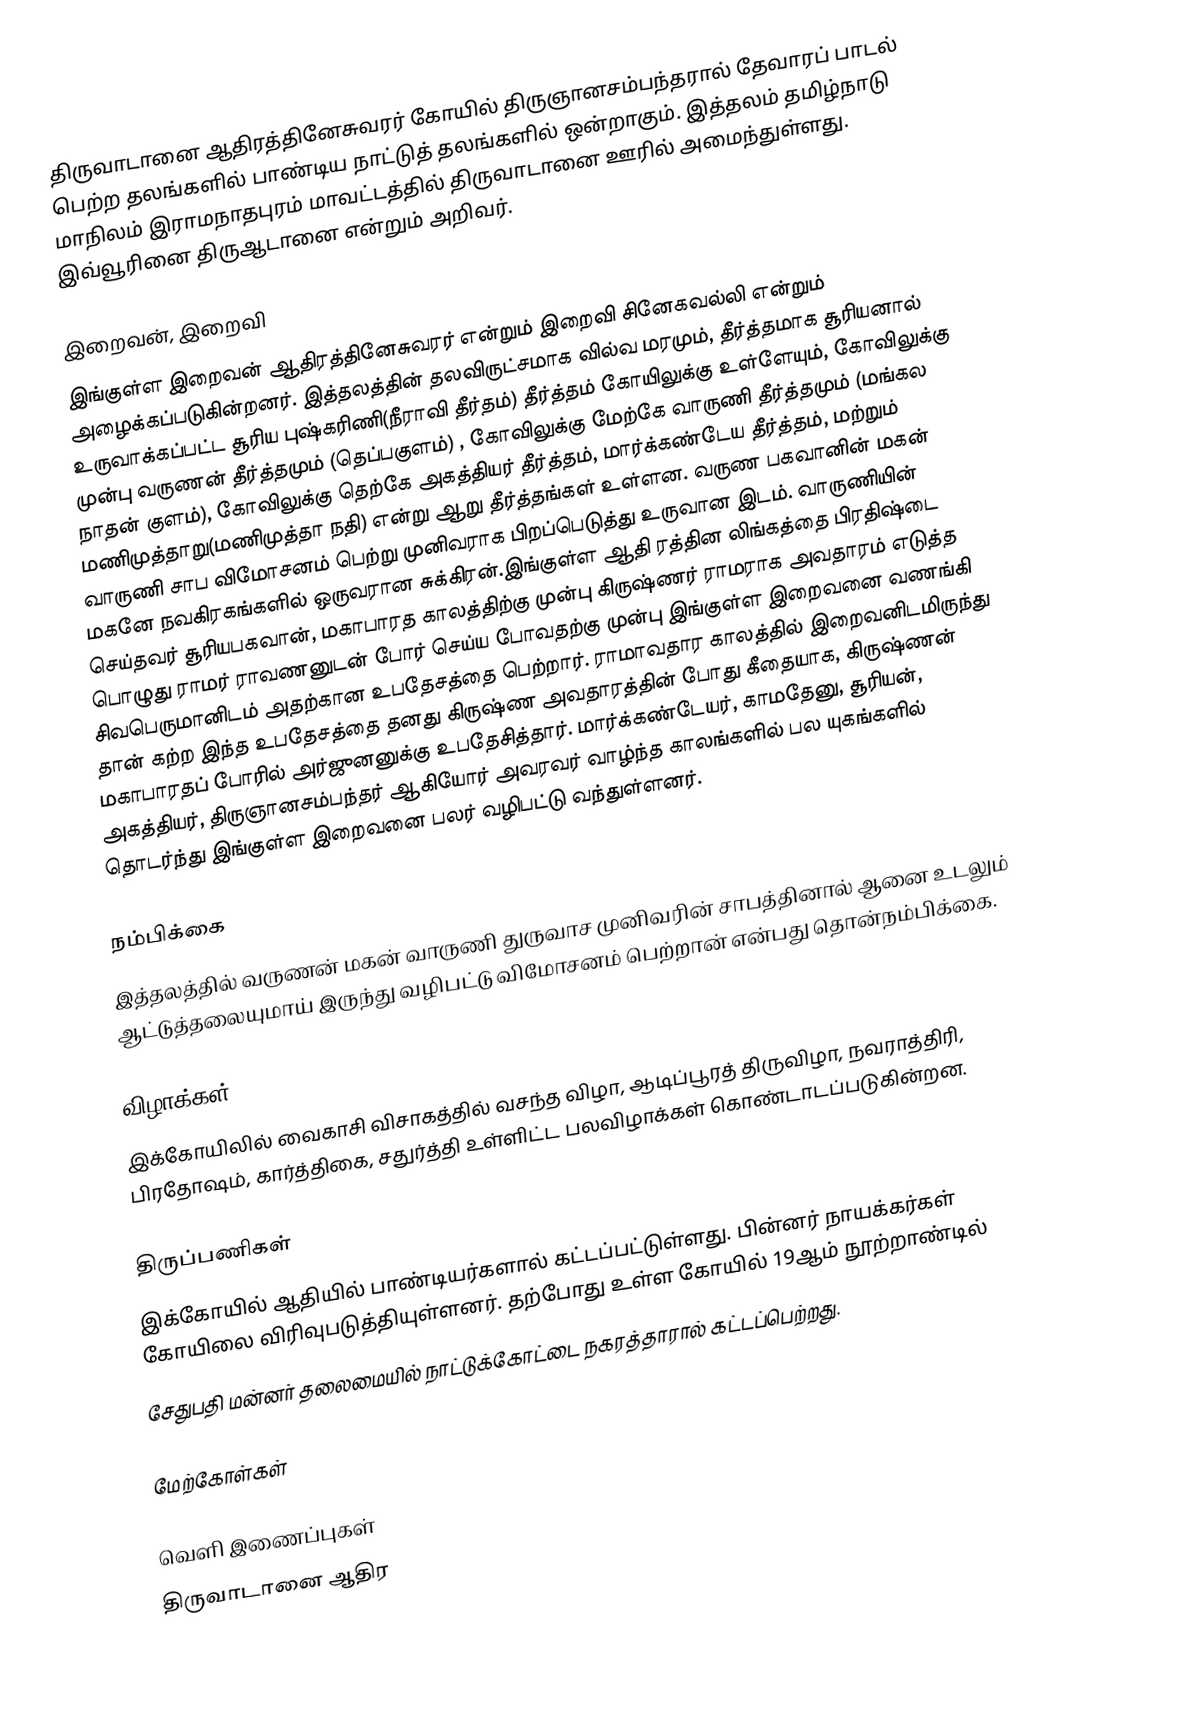
திருவாடானை ஆதிரத்தினேசுவரர் கோயில் திருஞானசம்பந்தரால் தேவாரப் பாடல் பெற்ற தலங்களில்  பாண்டிய நாட்டுத் தலங்களில் ஒன்றாகும்.  இத்தலம் தமிழ்நாடு மாநிலம் இராமநாதபுரம் மாவட்டத்தில் திருவாடானை ஊரில் அமைந்துள்ளது. இவ்வூரினை திருஆடானை என்றும் அறிவர்.

இறைவன், இறைவி
இங்குள்ள இறைவன் ஆதிரத்தினேசுவரர் என்றும் இறைவி சினேகவல்லி என்றும் அழைக்கப்படுகின்றனர். இத்தலத்தின் தலவிருட்சமாக வில்வ மரமும், தீர்த்தமாக சூரியனால் உருவாக்கப்பட்ட சூரிய புஷ்கரிணி(நீராவி தீர்தம்) தீர்த்தம் கோயிலுக்கு உள்ளேயும், கோவிலுக்கு முன்பு வருணன்  தீர்த்தமும் (தெப்பகுளம்) , கோவிலுக்கு மேற்கே வாருணி தீர்த்தமும் (மங்கல நாதன் குளம்), கோவிலுக்கு தெற்கே அகத்தியர் தீர்த்தம், மார்க்கண்டேய தீர்த்தம்,  மற்றும் மணிமுத்தாறு(மணிமுத்தா நதி)  என்று ஆறு தீர்த்தங்கள் உள்ளன. வருண பகவானின் மகன் வாருணி சாப விமோசனம் பெற்று முனிவராக பிறப்பெடுத்து உருவான இடம். வாருணியின் மகனே நவகிரகங்களில் ஒருவரான சுக்கிரன்.இங்குள்ள ஆதி ரத்தின லிங்கத்தை பிரதிஷ்டை செய்தவர் சூரியபகவான், மகாபாரத காலத்திற்கு முன்பு கிருஷ்ணர் ராமராக அவதாரம் எடுத்த பொழுது ராமர் ராவணனுடன் போர் செய்ய போவதற்கு முன்பு இங்குள்ள இறைவனை வணங்கி சிவபெருமானிடம்  அதற்கான உபதேசத்தை பெற்றார். ராமாவதார காலத்தில் இறைவனிடமிருந்து தான் கற்ற இந்த உபதேசத்தை தனது கிருஷ்ண அவதாரத்தின் போது கீதையாக, கிருஷ்ணன் மகாபாரதப் போரில் அர்ஜுனனுக்கு உபதேசித்தார். மார்க்கண்டேயர், காமதேனு, சூரியன், அகத்தியர்,  திருஞானசம்பந்தர் ஆகியோர் அவரவர் வாழ்ந்த காலங்களில் பல யுகங்களில் தொடர்ந்து இங்குள்ள இறைவனை பலர் வழிபட்டு வந்துள்ளனர்.

நம்பிக்கை
இத்தலத்தில் வருணன் மகன் வாருணி துருவாச முனிவரின் சாபத்தினால் ஆனை உடலும் ஆட்டுத்தலையுமாய் இருந்து வழிபட்டு விமோசனம் பெற்றான் என்பது தொன்நம்பிக்கை.

விழாக்கள்
இக்கோயிலில் வைகாசி விசாகத்தில் வசந்த விழா, ஆடிப்பூரத் திருவிழா, நவராத்திரி, பிரதோஷம், கார்த்திகை, சதுர்த்தி உள்ளிட்ட பலவிழாக்கள் கொண்டாடப்படுகின்றன.

திருப்பணிகள்
இக்கோயில் ஆதியில்  பாண்டியர்களால் கட்டப்பட்டுள்ளது. பின்னர் நாயக்கர்கள் கோயிலை விரிவுபடுத்தியுள்ளனர். தற்போது உள்ள கோயில் 19ஆம் நூற்றாண்டில்
சேதுபதி மன்னர் தலைமையில் நாட்டுக்கோட்டை நகரத்தாரால் கட்டப்பெற்றது.

மேற்கோள்கள்

வெளி இணைப்புகள்
திருவாடானை ஆதிர